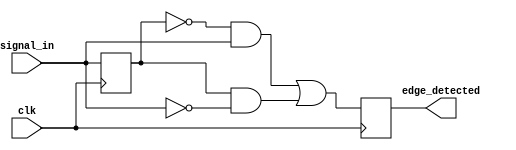
module edge_detector (
    input wire clk,            // Clock signal
    input wire signal_in,      // Input signal to detect edges
    output reg edge_detected    // Output signal indicating edge detection
);

    reg prev_state;            // Memory element to store the previous state

    always @(posedge clk) begin
        // Edge detection logic
        edge_detected <= (prev_state == 0 && signal_in == 1) || (prev_state == 1 && signal_in == 0);
        
        // Store the current input signal as the previous state for the next clock cycle
        prev_state <= signal_in;
    end

endmodule